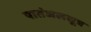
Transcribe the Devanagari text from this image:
पातंजलसूत्र